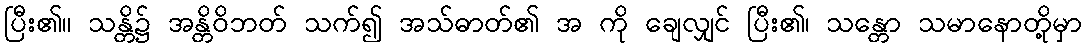
ပြီး၏။ သန္တိ၌ အန္တိဝိဘတ် သက်၍ အသ်ဓာတ်၏ အ ကို ချေလျှင် ပြီး၏၊ သန္တော သမာနောတို့မှာ